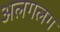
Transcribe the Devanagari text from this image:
अलगलग